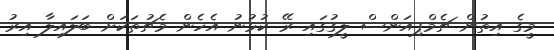
މީގެ އިތުން ޗެމްޕިއަންސް ލީގުގައި ރޭ ކުޅުނު އެހެން މެޗުތަކަށް ބަލައިލާ އިރު